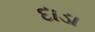
દાડા